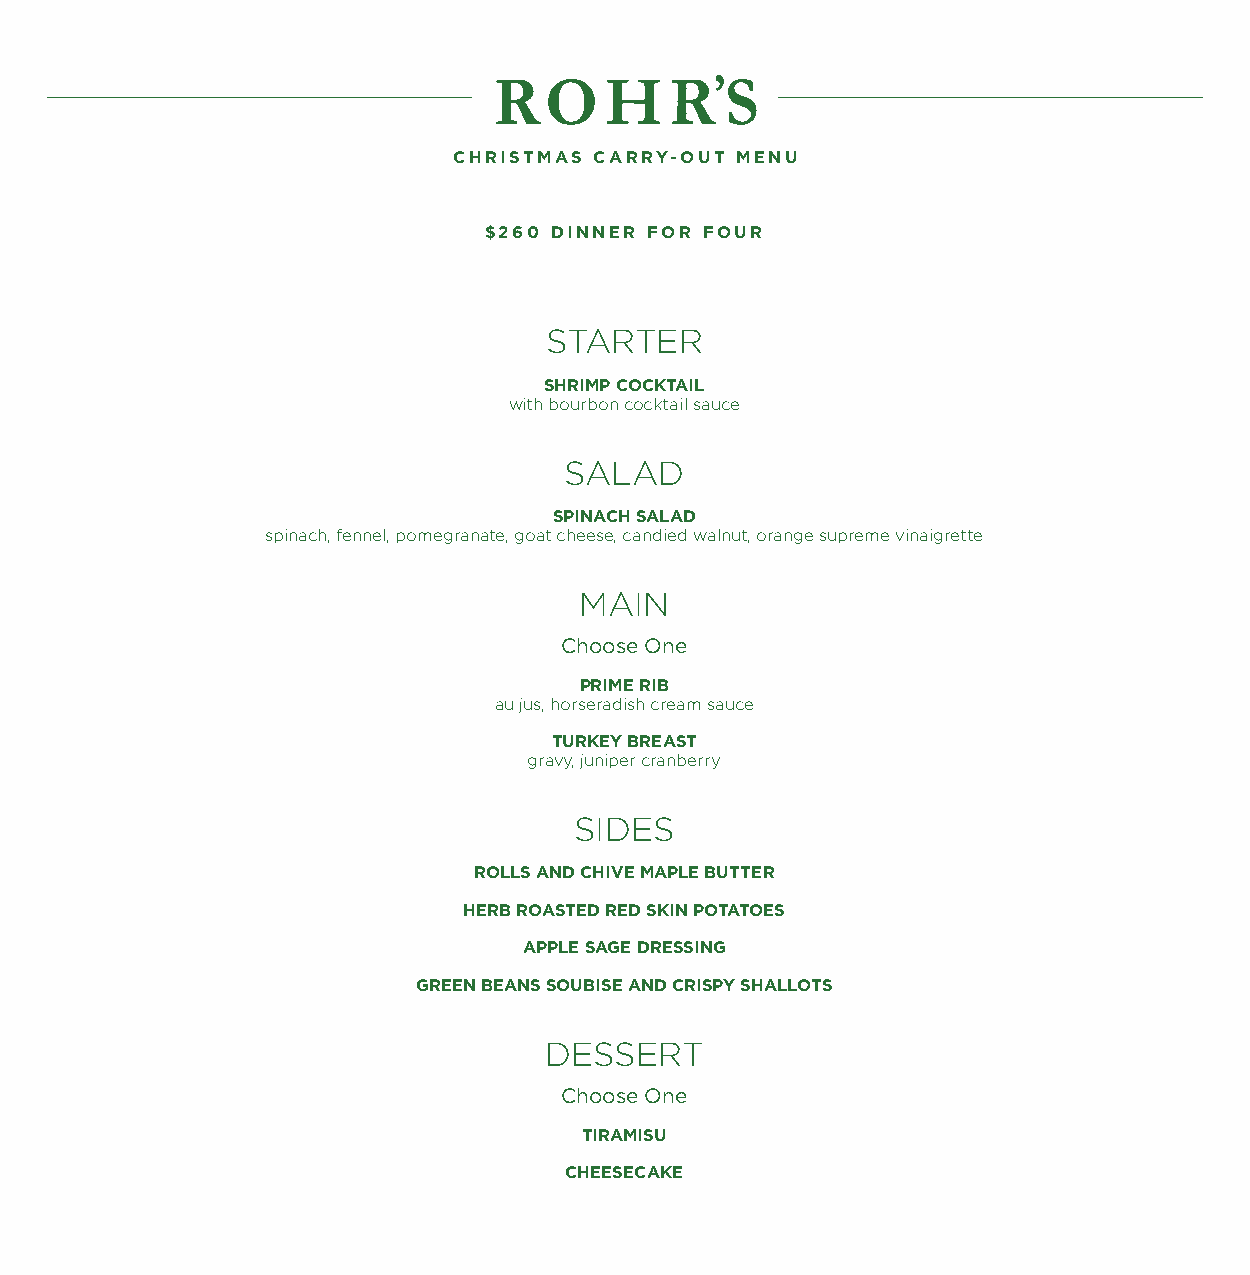
CHRISTMAS CARRY-OUT MENU
 $260 DINNER FOR FOUR
 STARTER
 SHRIMP COCKTAIL
 with bourbon cocktail sauce
 SALAD
 SPINACH SALAD
 spinach, fennel, pomegranate, goat cheese, candied walnut, orange supreme vinaigrette
 MAIN
 Choose One
 PRIME RIB
 au jus, horseradish cream sauce
 TURKEY BREAST
 gravy, juniper cranberry
 SIDES
 ROLLS AND CHIVE MAPLE BUTTER
 HERB ROASTED RED SKIN POTATOES
 APPLE SAGE DRESSING
 GREEN BEANS SOUBISE AND CRISPY SHALLOTS
 DESSERT
 Choose One
 TIRAMISU
 CHEESECAKE